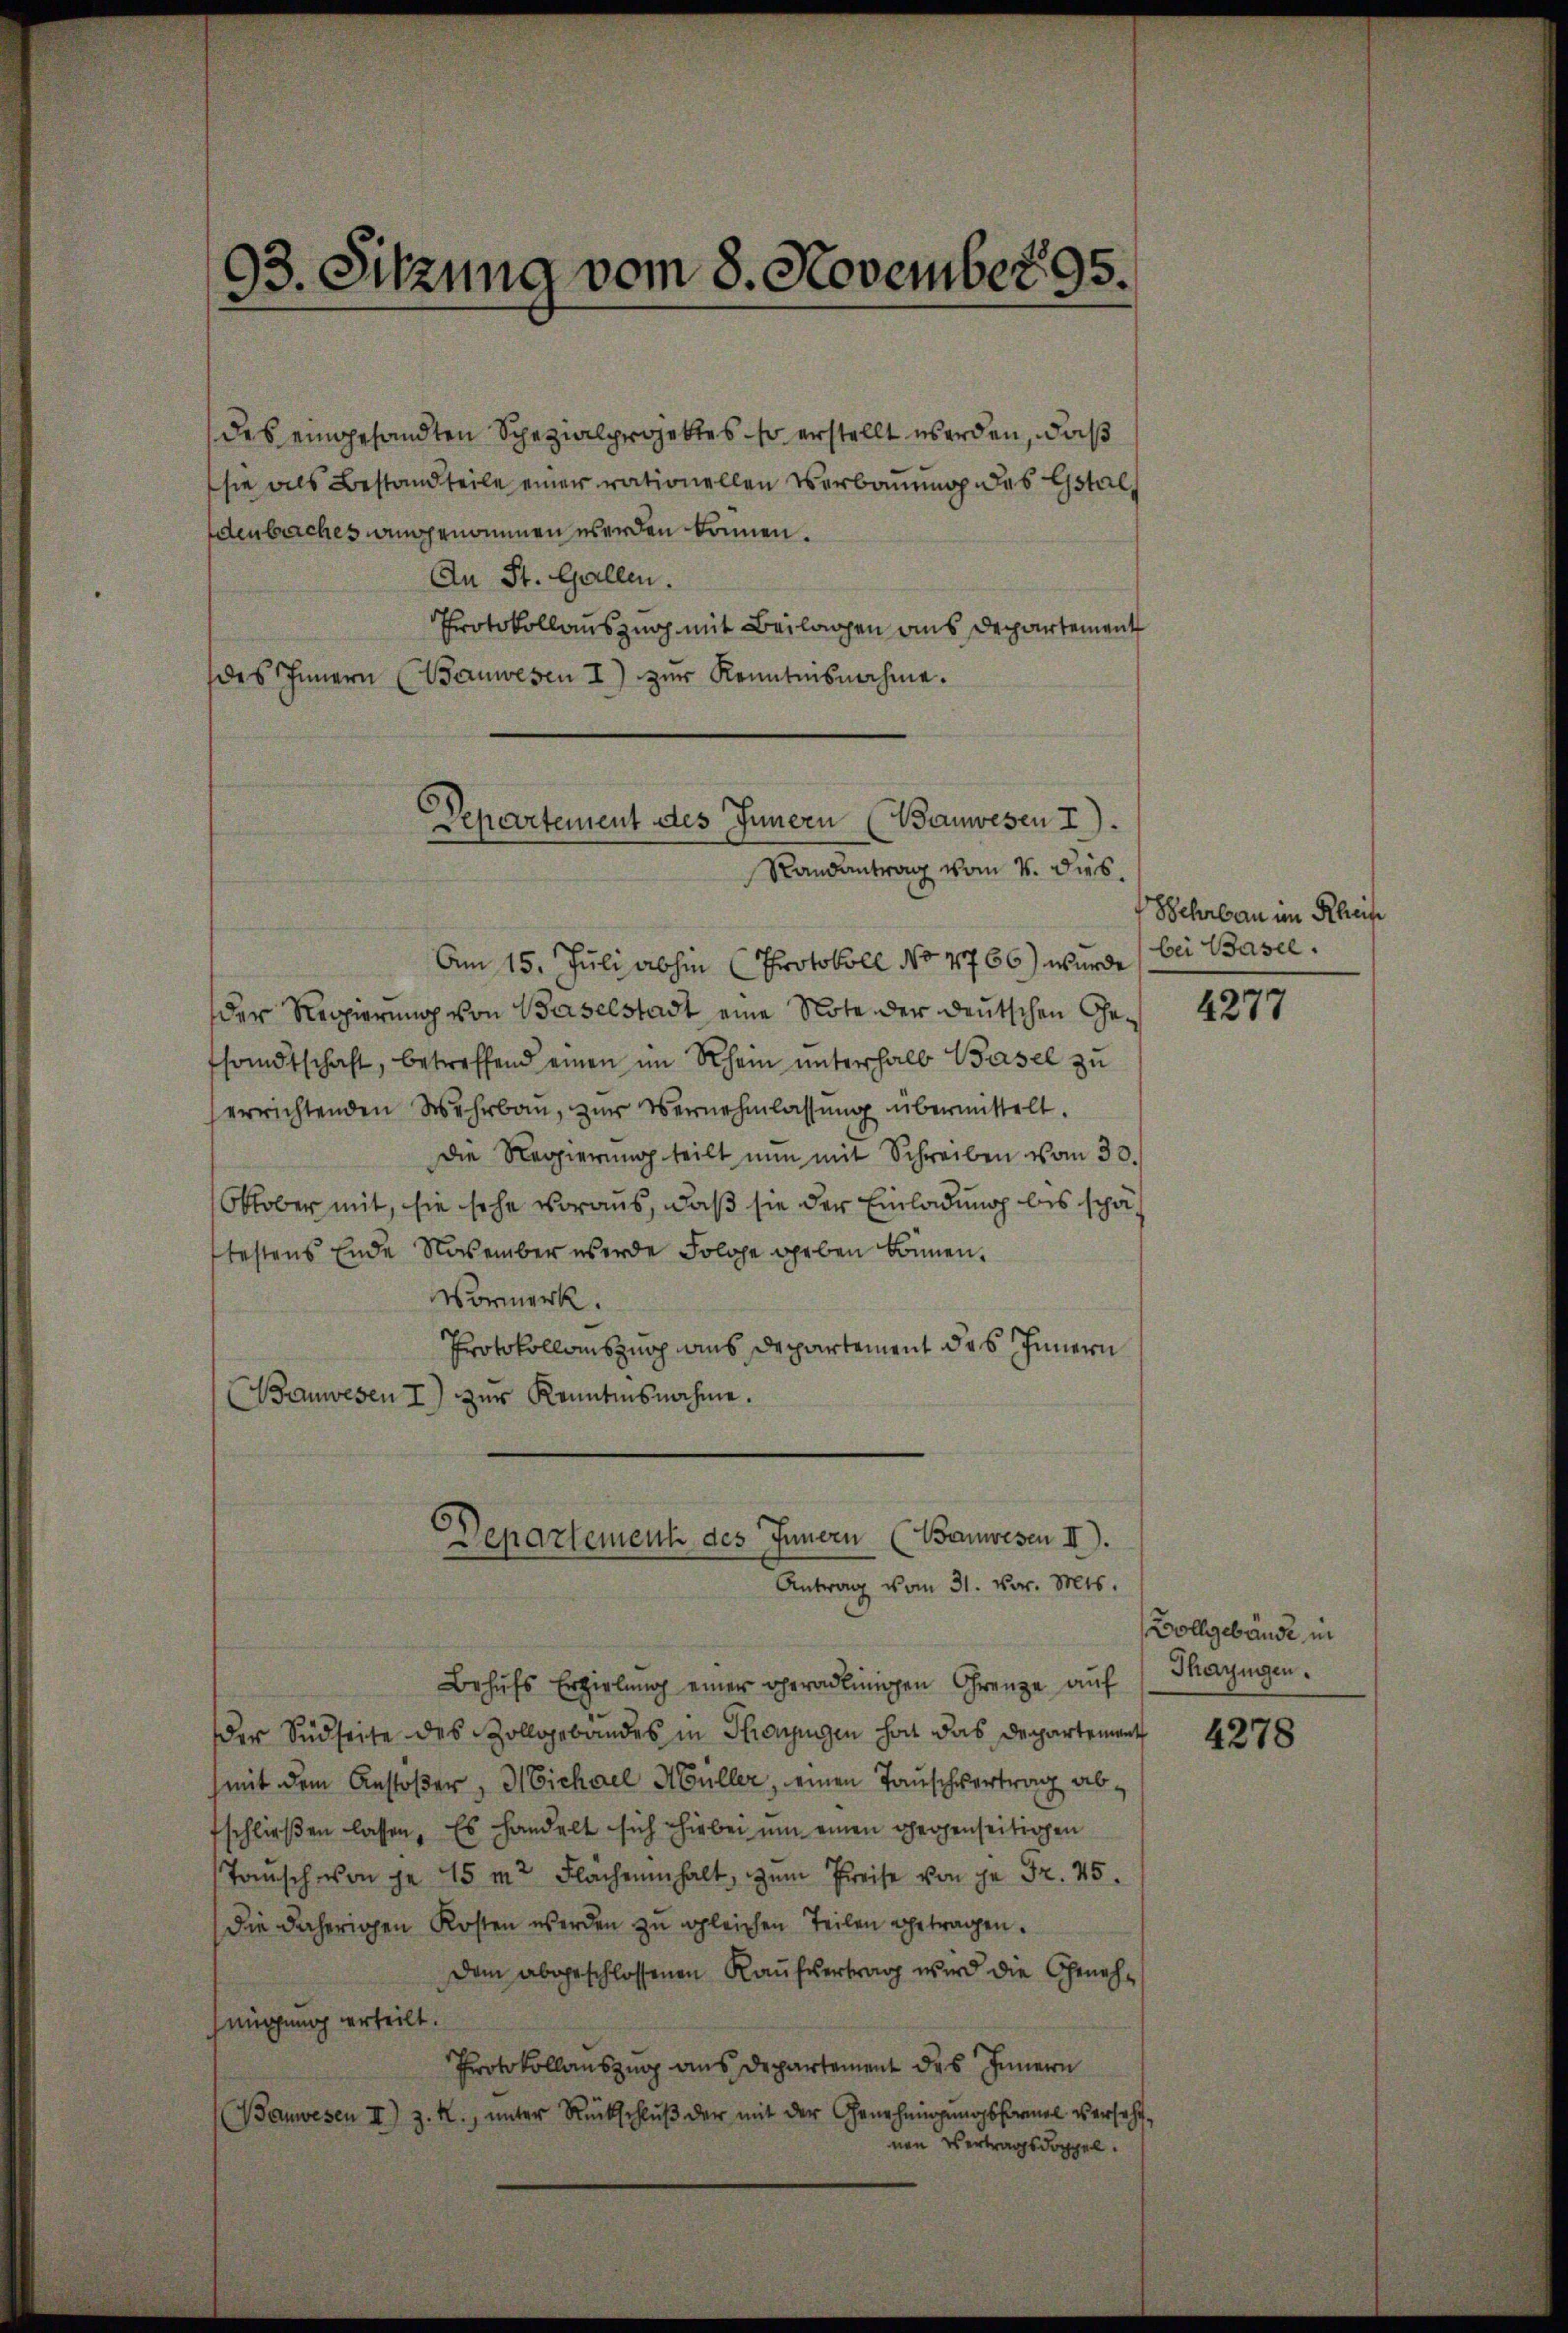
des eingesandten Spezialprojektes so erstellt werden, daß
sie als Bestandteile einer rationellen Verbauung des Gstaldenbaches angenommen werden können.
An St. Gallen.
Protokollauszug mit Beilagen aus Departement
des Innern (Bauwesen I) zur Kenntnisnahme.

93. Sitzung vom 8. November 95.

Departement des Innern (Banwesen I
Randantrag vom 4. dies.

Am 15. Juli abhin (Protokoll No 4766) wurde bei Basel.
der Regierung von Baselstadt eine Note der deutschen Gefsandtschaft, betreffend einen im Rhein unterhalb Basel zu
errichtenden Wehrbau, zur Vernehmlassung übermittelt.
Die Regierŭng teilt nun mit Schreiben vom 30.
Oktober mit, sie sehe voraus, daß sie der Einladung bis schätestens Ende November werde Folge geben können.
Vormerk.
Protokollauszug aus Departement des Innern
Bauwesen I) zŭr Kenntnisnahme.
Departement des Innern (Banwesen II).
Antrag vom 31. vor. Mts.
Behŭfs Erzielung einer geradlinigen Grenze auf
der Südseite des Zollgebäudes in Thonjugen holt das Departement
(mit dem Anstößer, Michael Müller, einen Tauschvertrag abschließen lassen. Es handelt sich hiebei um einen gegenseitigen
Tansch von je 15 m2 Flächeninhalt, zum Preise von je Fr. 45.
die daherigen Kosten werden zu gleichen Teilen getragen.
dem abgeschlossenen Kaŭfvertrag wird die Geneh-
hmigung verteilt.
Protokollauszug aus Departement des Innern
(Banwesen II) z. R., unter Rückschlŭβ der mit der Genehmigungsformel verseht,
nen Vertragsdoppel.

Hehrbau im Rhei

4277

Vollgebäude, in
Thayngen.

4278